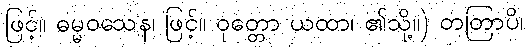
ဖြင့်။ ဓမ္မဝသေန၊ ဖြင့်။ ဝုတ္တော ယထာ၊ ၏သို့။) တတြာပိ၊